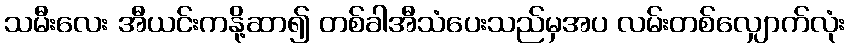
သမီးလေး အီယင်းကနို့ဆာ၍ တစ်ခါအီသံပေးသည်မှအပ လမ်းတစ်လျှောက်လုံး